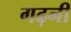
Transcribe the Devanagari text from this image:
गढ़नी